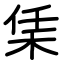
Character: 栠